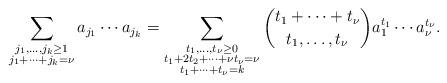
LaTeX: \begin{align*} \sum_{\substack{j_1,\ldots,j_k\ge 1\\ j_1+\cdots +j_k=\nu}} a_{j_1}\cdots a_{j_k}= \sum_{\substack{t_1,\ldots,t_{\nu} \ge 0\\ t_1+2t_2+\cdots + \nu t_{\nu}=\nu \\ t_1+\cdots +t_{\nu}=k}}\binom{t_1+\cdots +t_{\nu}}{t_1,\ldots,t_{\nu}} a_1^{t_1} \cdots a_{\nu}^{t_{\nu}}.\end{align*}